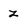
Character: z